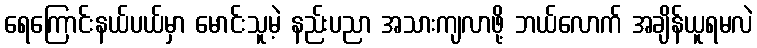
ရေကြောင်းနယ်ပယ်မှာ မောင်းသူမဲ့ နည်းပညာ အသားကျလာဖို့ ဘယ်လောက် အချိန်ယူရမလဲ